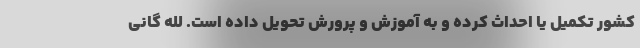
کشور تکمیل یا احداث کرده و به آموزش و پرورش تحویل داده است. لله گانی